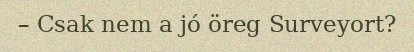
– Csak nem a jó öreg Surveyort?